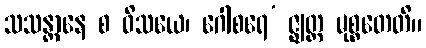
သသန္တာနေ စ ဝိသယေ၊ ဂေါစရေ’ ဇ္ဈတ္တ မုစ္စတေတိ။